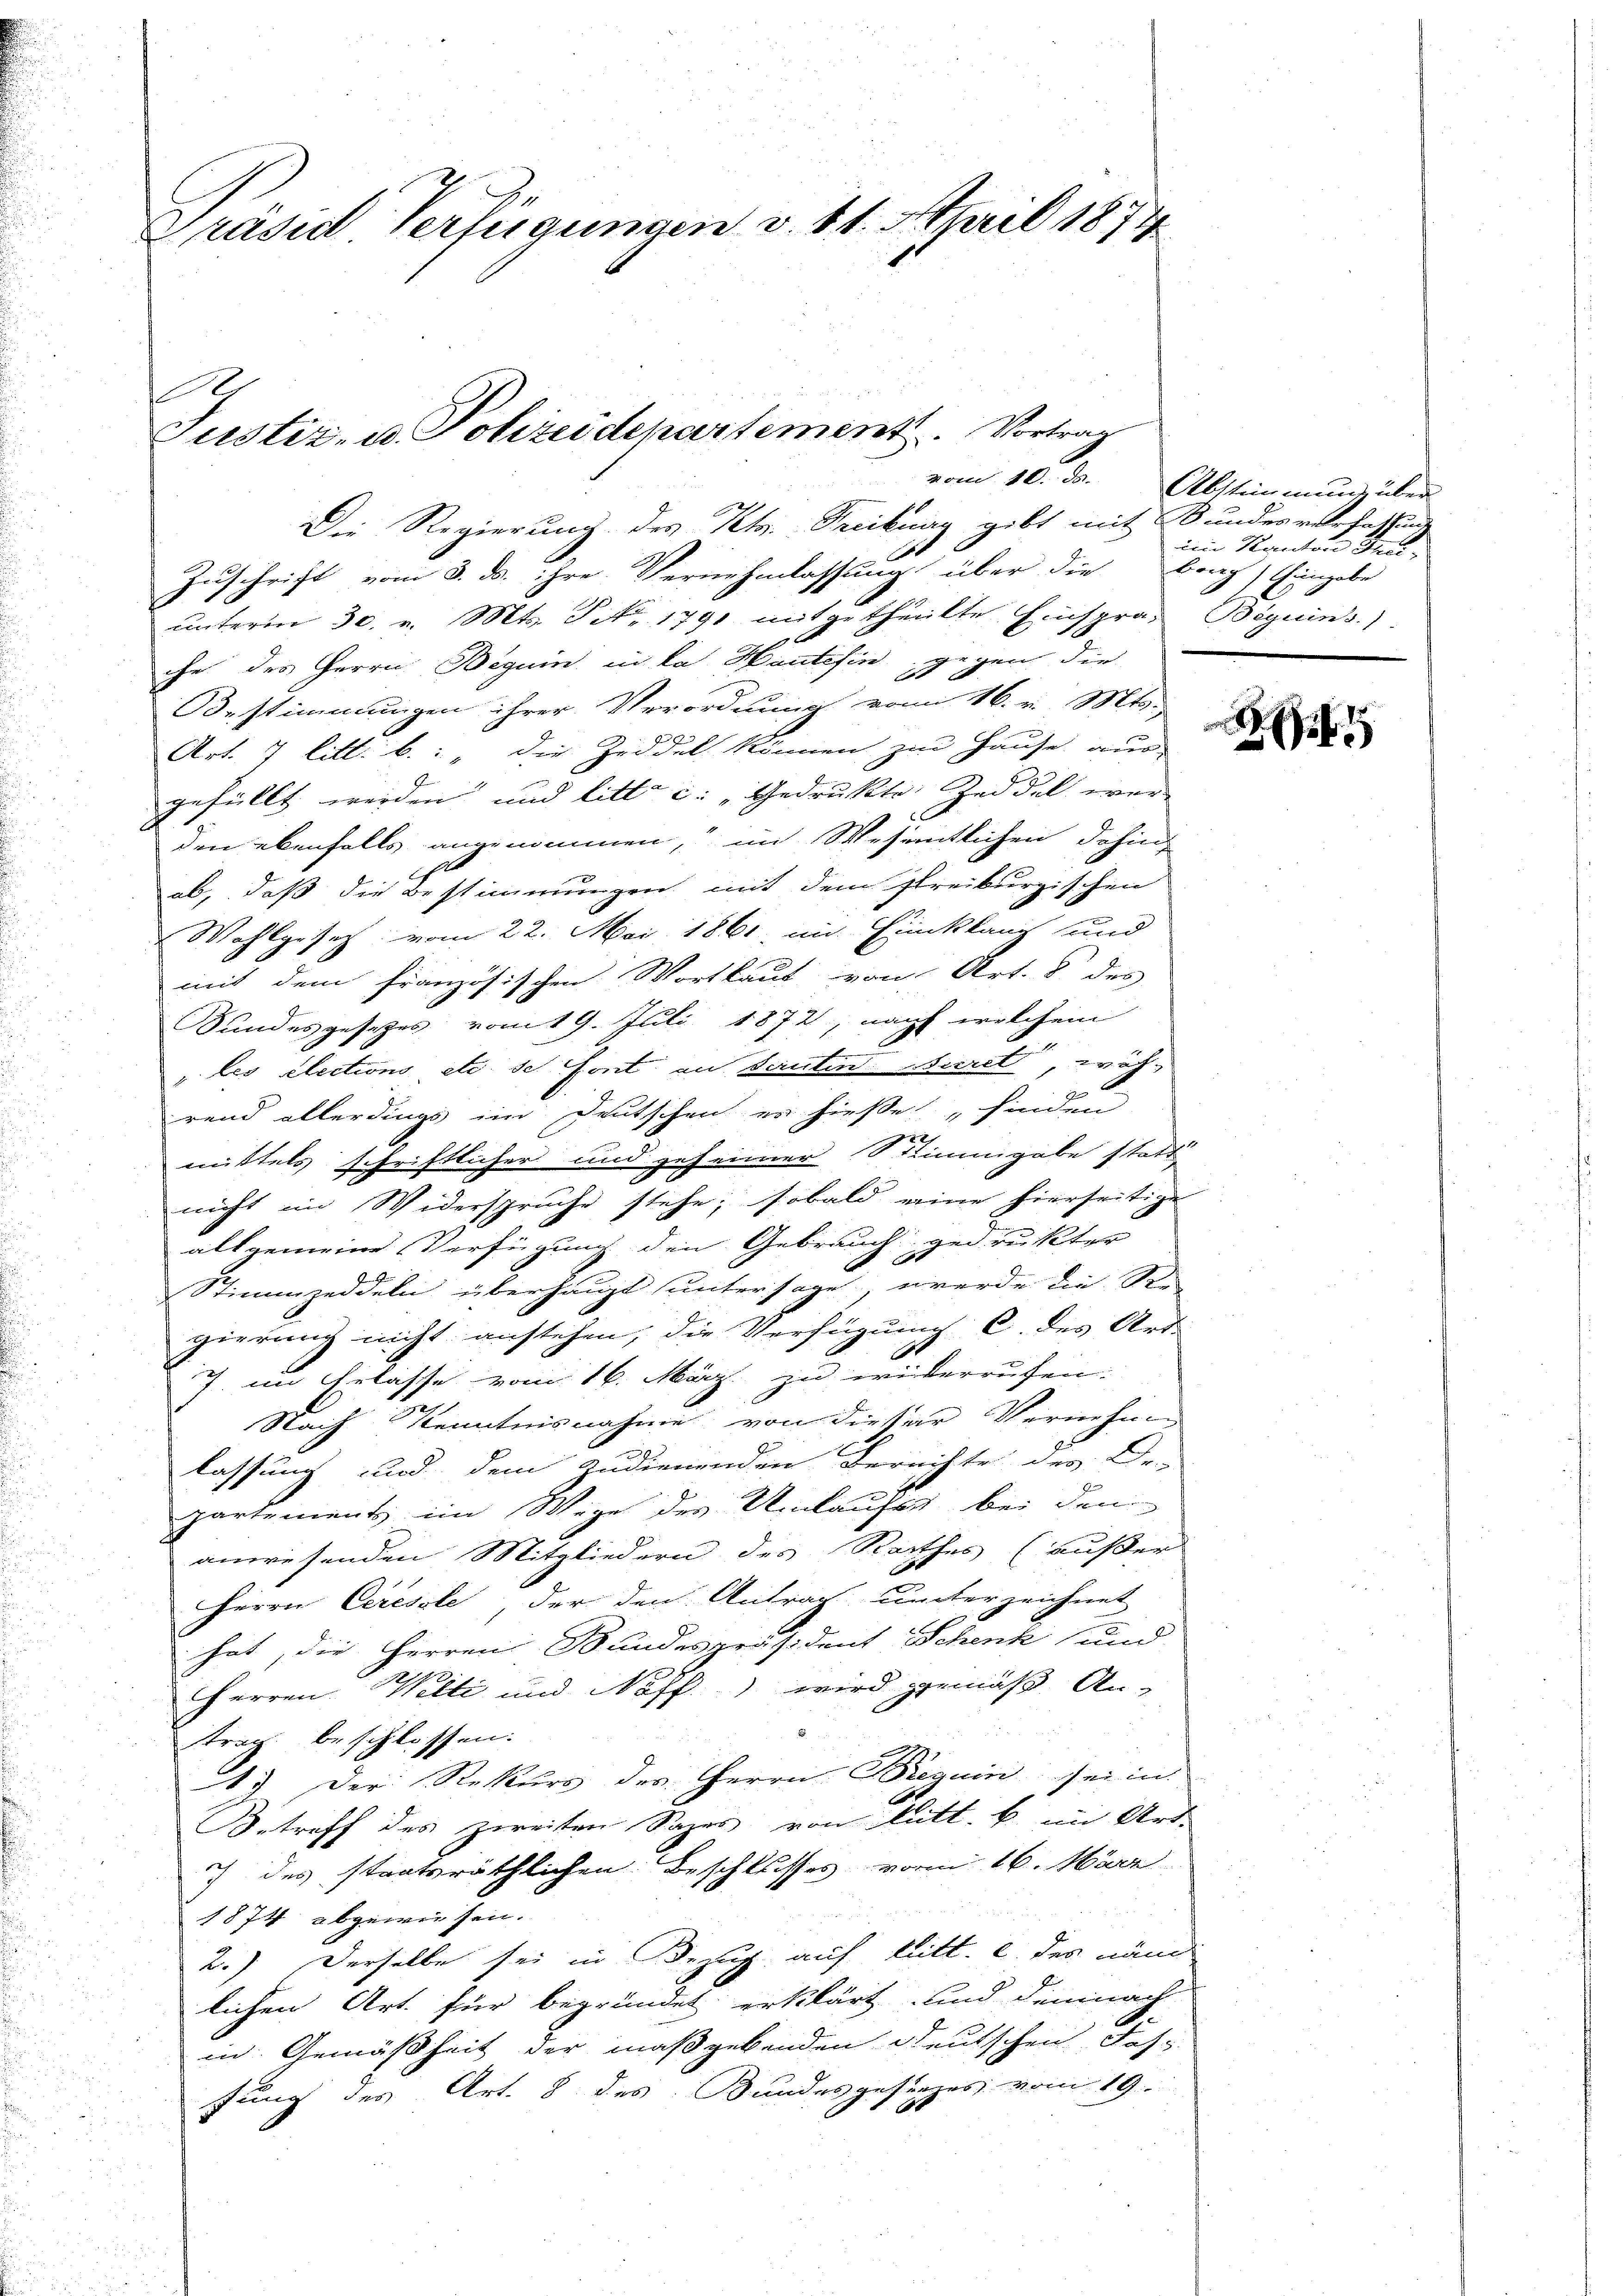
Präsidt Verfügungen v. 11. April 1874

f
Justiz- u. Polizeidepartement. Vortrag

Die Regierung des Kts. Tecikung gibt mit Bundesverfassung
Zuschrift vom 3. ds. ihre Vernehmlassung über die Brag) Eingabe
unterm 30. v. Mts. Tit. 1791 mitgetheilte Einspra, Beguins.)
che des Herrn Beguin in das Hantifin, gegen die
Bestimmungen ihrer Verordnung von 16. v. Mts.
Art. 7 litt. b. : „Die Zeddel können zur Hause aus
gefüllt werden und litt. c: „Gedrukte Zeddel wer¬
2
1
den ebenfalls angenommen, im Wesentlichen dohi
ab, daß die Bestimmungen mit dem streiburgischen
Wahlgesetz vom 22. Mai 1861 in Einklang und
mit dem französischen Wortlaut von Art. 8 des
Sundesgesetzes vom 19. Juli 1872, nach welchem
" les elections etc. se font an Scrutinuiret, wäh-
rend allerdings im Deutschen es hieße „finden
mittels schriftlicher und geheimer Stimmgabe statt
nicht im Widersprüche stehe; sobald eine hierseitige
allgemeine Verfügung den Gebrauch gedruckter
Stimmzeddeln überhaupt untersage, werde die Re-
gierung nicht anstehen, die Verfügung C. des Art.
7 im Erlasse vom 16. März zu widerrufen.
Nach Kenntnisnahme von dieser Vernehm
lassung und dem zudienenden Berechte des De-
partements im Wege der Umlaufes bei den
anwesenden Mitgliedern des Rathes (außer
Herrn Ceresole, der den Antrag unterzeichnet
hat, die Herren Bundespräsident Schenk und
Herren Welti und Neff) wird gemäß An-
trag beschlossen.
1. Der Rekurs des Herrn Breguin sei in
Betreff des zweiten Sages von lutt. b. im Art.
7 des staatsräthlichen Beschlusses vom 16. März
1874 abgeweisen.
2.) Derselbe sei in Bezug auf litt. e. des näm
lichen Art. für begründet erklärt und demnach
in Gemäßheit der maßgebenden Deutschen des
fung des Art. 8 des Bundesgesetzes vom 19.

vom 10. ds. Abstimmung über
im Kanton Gru

f